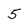
Character: 5